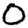
Digit: 0